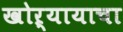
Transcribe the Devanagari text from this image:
खोऱ्यायाचा